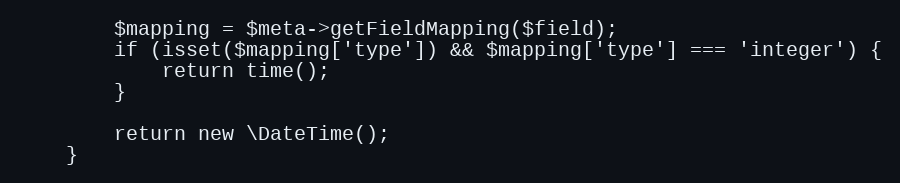
Language: PHP
        $mapping = $meta->getFieldMapping($field);
        if (isset($mapping['type']) && $mapping['type'] === 'integer') {
            return time();
        }

        return new \DateTime();
    }